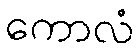
ကောလံ